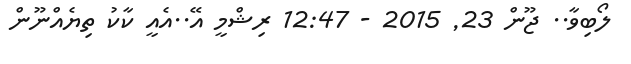
ލޯބިވާ.. ޖޫން 23